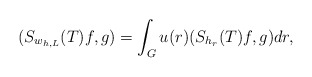
\begin{align*}(S_{w_{h,L}}(T)f,g) = \int_G u(r) (S_{h_r}(T)f,g) dr,\end{align*}